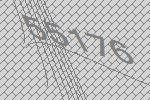
55176